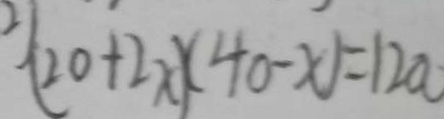
( 2 0 + 2 x ) ( 4 0 - x ) = 1 2 0 0